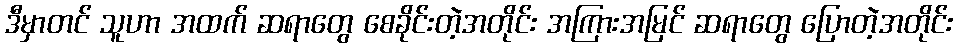
ဒီမှာတင် သူဟာ အထက် ဆရာတွေ စေခိုင်းတဲ့အတိုင်း အကြားအမြင် ဆရာတွေ ပြောတဲ့အတိုင်း